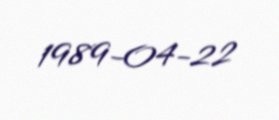
1989-04-22